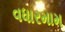
વધારમામ